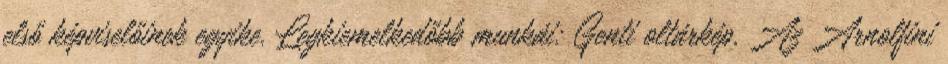
első képviselőinek egyike. Legkiemelkedőbb munkái: Genti oltárkép, Az Arnolfini